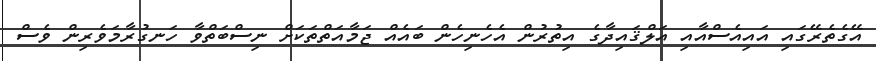
އޭގެތެރޭގައި އައިއެސްއާއި އަލްޤައިދާގެ އިތުރުން އެހެނިހެން ބައެއް ޖަމާއަތްތަކަށް ނިސްބަތްވާ ހަނގުރާމަވެރިން ވެސް